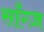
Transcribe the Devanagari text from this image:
साँग्ज़